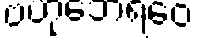
ဗဟုဘေရဝေ